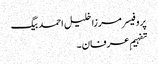
پروفیسر مرزا خلیل احمد بیگ
تفہیمِ عرفان ۔